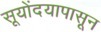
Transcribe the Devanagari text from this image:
सूयोंदयापासून